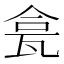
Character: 𱰊